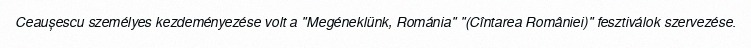
Ceaușescu személyes kezdeményezése volt a "Megéneklünk, Románia" "(Cîntarea României)" fesztiválok szervezése.